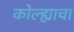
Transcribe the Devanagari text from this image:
कोल्ह्याचा